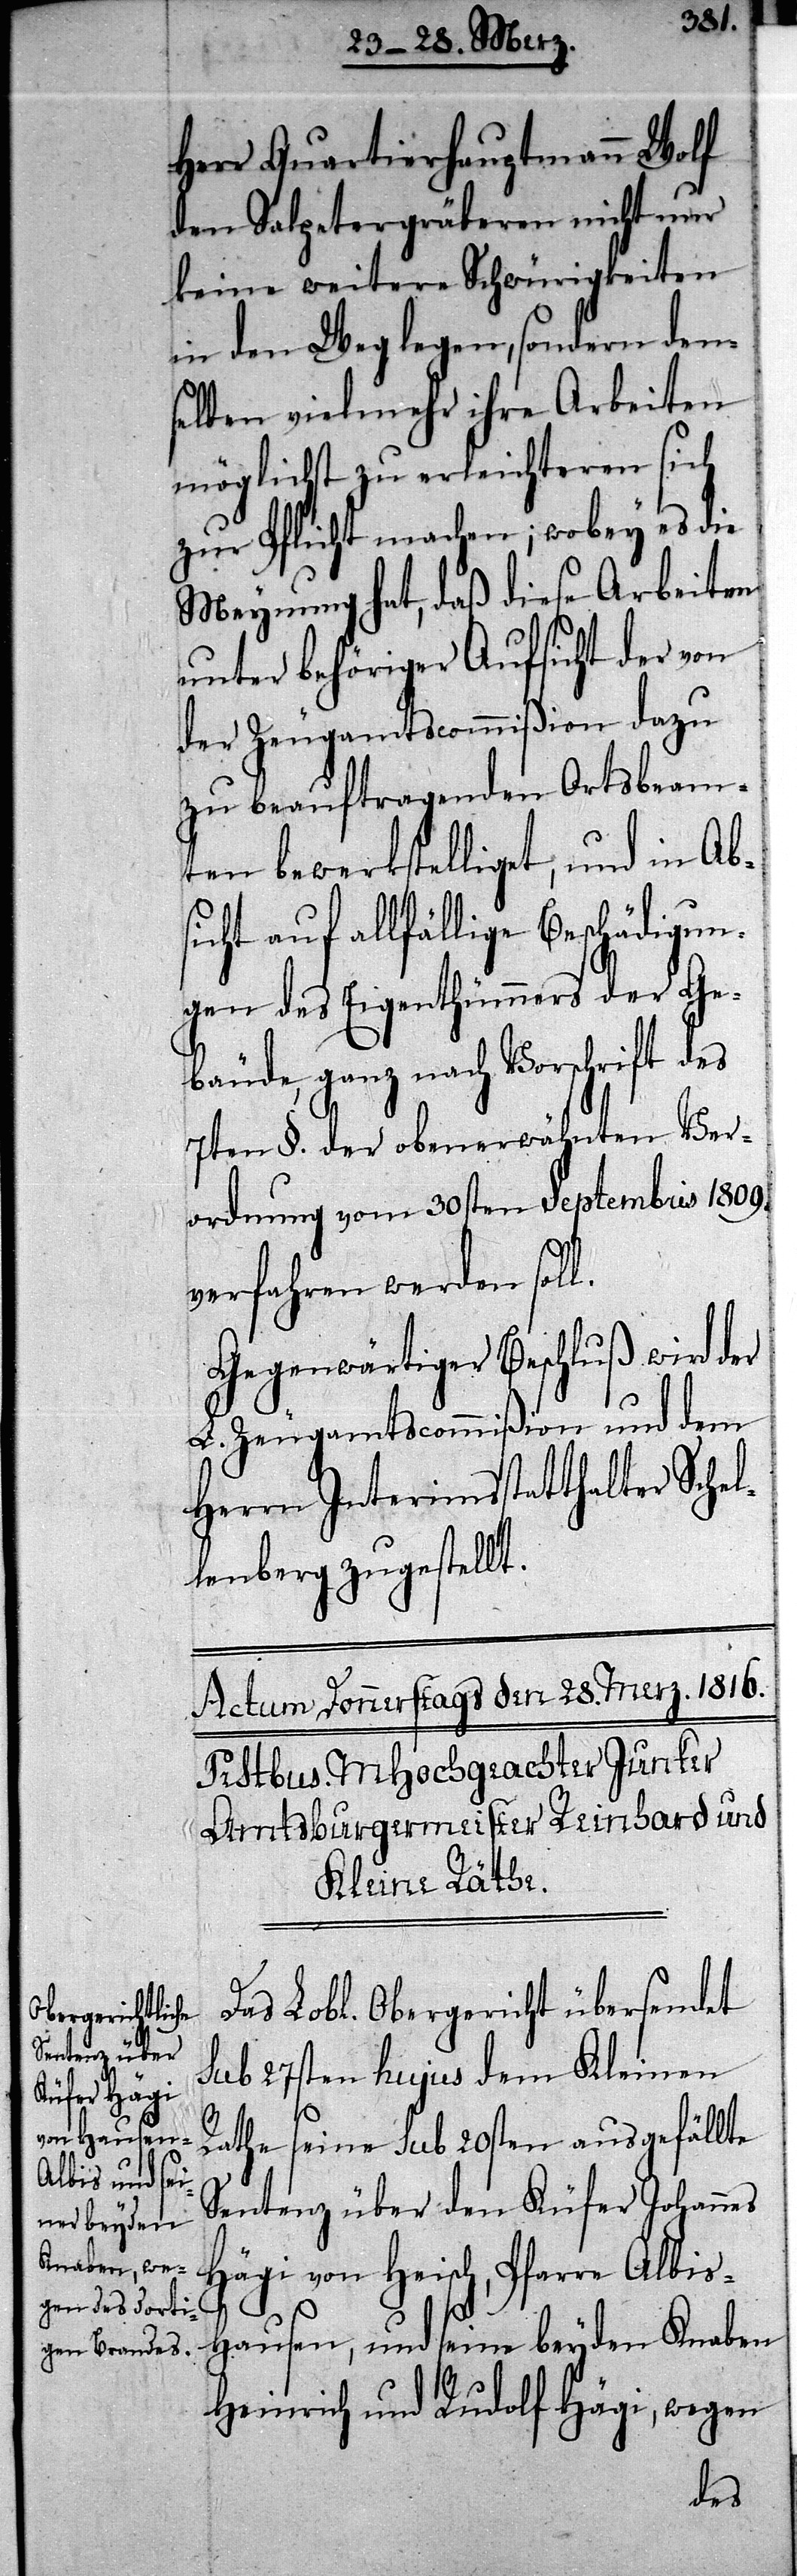
Herr Quartierhauptmann Wolf
den Salpetergräberen nicht nur
keine weitere Schwürigkeiten
in den Weg legen, sondern den¬
selben vielmehr ihre Arbeiten
möglichst zu erleichteren sich
zur Pflicht machen; wobey es die
Meynung hat, daß diese Arbeiten
unter behöriger Aufsicht der von
der Zeugamtscommißion dazu
zu beauftragenden Ortsbeam¬
ten bewerkstelliget, und in Ab¬
sicht auf allfällige Beschädigun¬
gen des Eigenthümmers der Ge¬
bäude, ganze nach Vorschrift des
7ten §. der obenerwähnten Ver¬
ordnung vom 30sten Septembris 1809.
verfahren werden soll.
Gegenwärtiger Beschluß wird der
L. Zeugamtscommißion und dem
Herrn Interimsstatthalter Sche¬
llenberg zugestellt.
Das Lobl. Obergericht übersendet
sub 27sten hujus dem Kleinen
Rathe seine sub 20sten ausgefällte
Sentenz über den Küfer Johannes
Hägi von Heisch, Pfarre Albis-H¬
ausen, und seine beyden Knaben
Heinrich und Rudolf Hägi, wegen